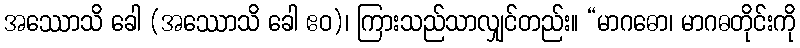
အဿောသိ ခေါ (အဿောသိ ခေါ ဧဝ)၊ ကြားသည်သာလျှင်တည်း။ “မာဂဓော၊ မာဂဓတိုင်းကို